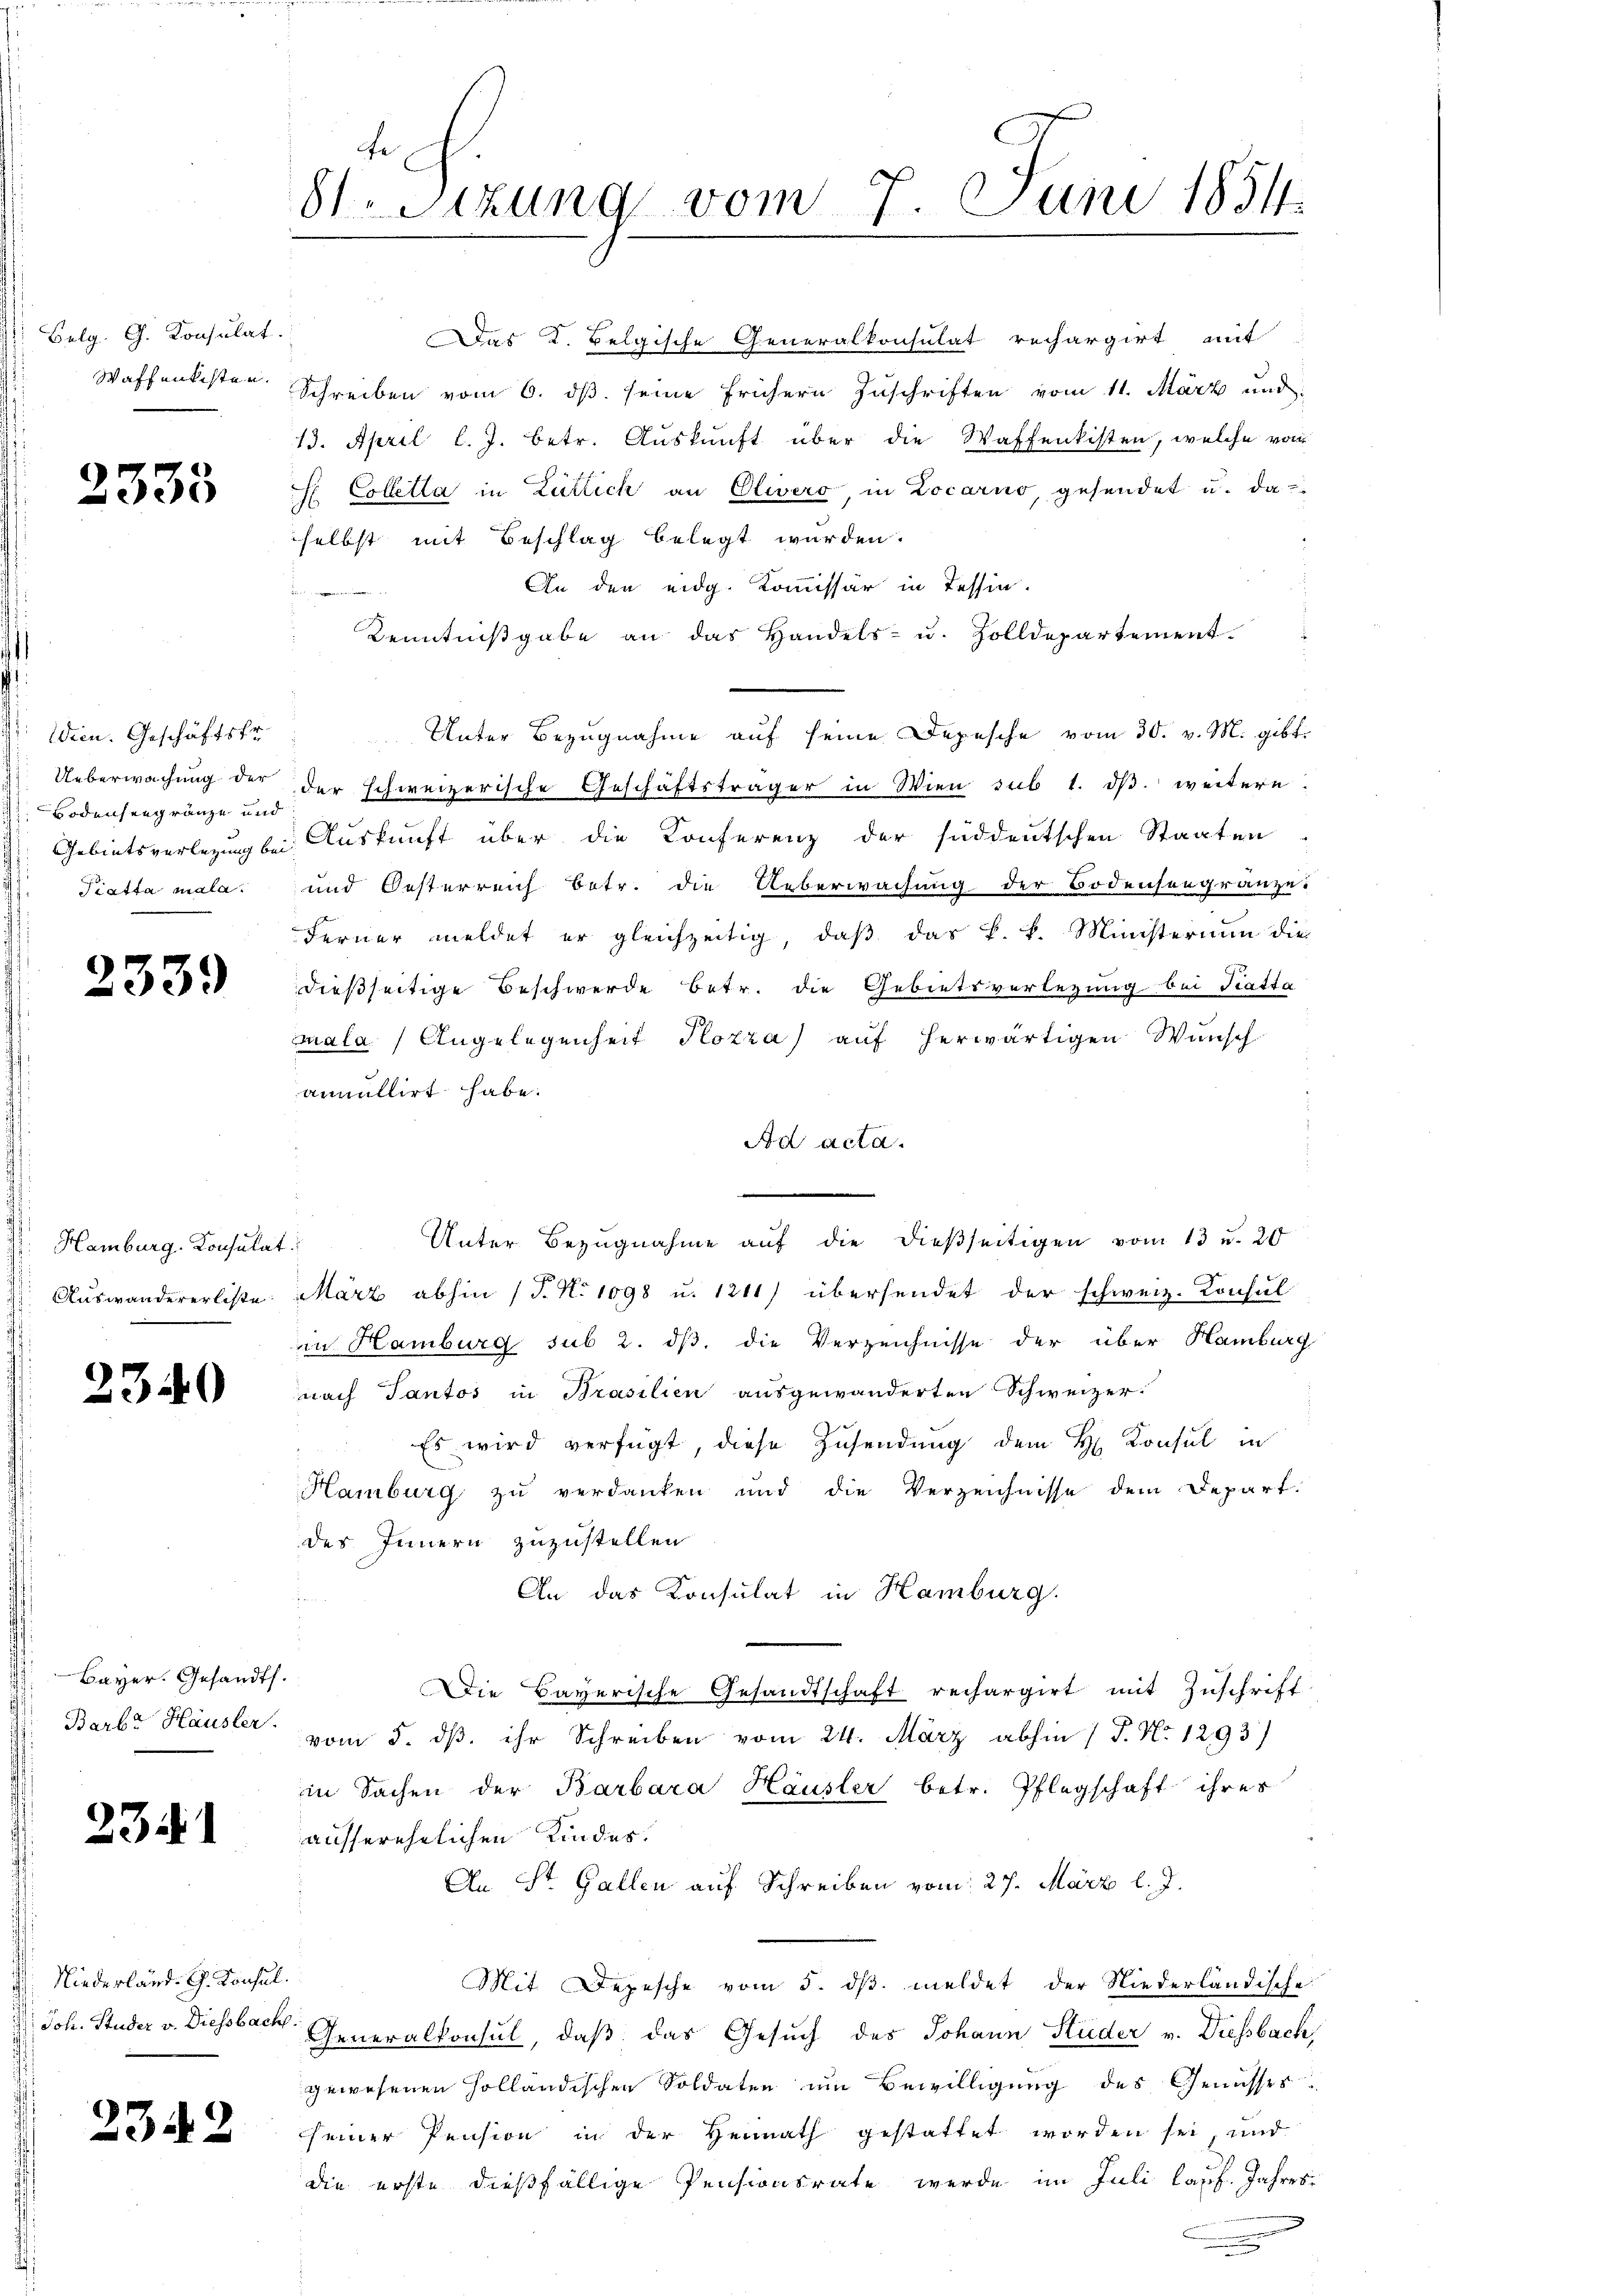
Belg. G. Konsulat
Waffenkisten.

2335

Wein. Geschäftsfr.
Ueberwachung der
Bodenseegränze und
Gebietsverlegung bei
Tiatta mala.

23.

339

Hamburg. Konsulat
Auswandererliste

t

Bayer. Gesandts.
Barl Häusler.

234)

Niederland. G. Konsul
Joh. Studer v. Diessbach

2342

fe
8 Sizung vom 9. Juni 1854.

Das K. Belgische Generalkonsulat rechargirt mit
Schreiben vom 6. ds. seine frühern Zuschriften vom 11. März und
13. April l. J. betr. Auskunft über die Waffenkisten, welche vom
H Colletta in Zürich an Olwero, in Locarno, gesendet u. da
selbst mit Beschlag belegt wurden.
An den eidg. Kommissär in Tessin.
Kenntnißgabe an das Handels- u. Zolldepartement.
Unter Bezugnahme auf seine Depesche vom 30. v. M. gibt
der schweizerische Geschäftsträger in Wien sub 1. dβ. weitere
Auskunft über die Konferenz der süddeutschen Staaten
und Oesterreich betr. die Ueberwachung der Bodensengränze.
Ferner meldet er gleichzeitig, daß das k. k. Ministerium die
dießseitige Beschwerde betr. die Gebietsverlegung bei Tratta
mala / Angelegenheit Plozza) auf herwärtigen Wunsch
annullirt habe.
Ad acta.
.
März abhin (T. N. 1098 u. 1241) übersendet der schweiz. Konsul
in Hamburg sub 2. dβ, die Verzeichnisse der über Hamburg
nach Tantos in Brasilien ausgewänderten Schweizer-
Es wird verfügt, diese Zusendung dem H. Konsul in
Hamburg zu verdanken und die Verzeichnisse dem Depart.
des Innern zuzustellen
An das Konsulat in Hamburg.
Die Bayerische Gesandtschaft rechargirt mit Zuschrift
vom 5. dβ. ihr Schreiben vom 24. März abhin 1 S. No 1293)
in Sachen der Barbara Häusler betr. Pflegschaft ihres
ausserehelichen Kindes.
An St. Gallen auf Schreiben vom 27. März l. J.
Mit Depesche vom 5. dβ meldet der Niederländische
.
Generalkonsul, daß das Gesuch des Johann Küder v. Diessbach,
gewesenen Holländischen Soldaten um Bewilligung des Genusses
seiner Pension in der Heimath gestattet worden sei, und
die erste dießfällige Pensionsrate werde im Juli lauf. Jahres

Unter Bezugnahme auf die dießseitigen vom 13 u. 2